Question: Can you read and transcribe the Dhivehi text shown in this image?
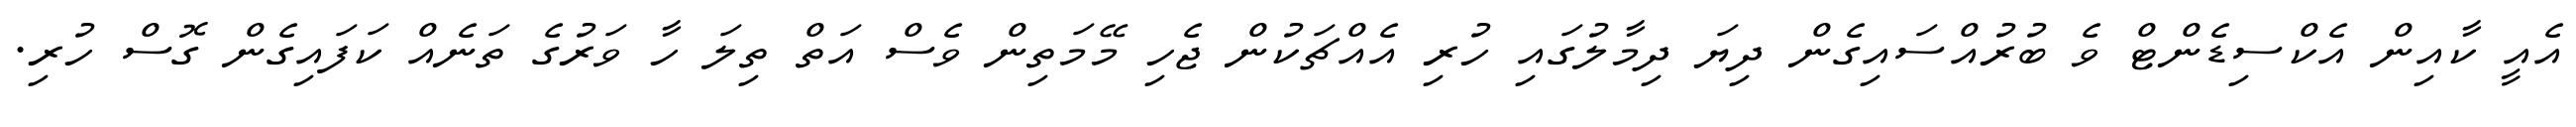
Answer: އެއީ ކާއިން އެކްސިޑެންޓް ވެ ބުރުއްސައިގެން ދިޔަ ދިމާލުގައި ހުރި އެއްޗަކުން ޖެހި މޭމަތިން ވެސް އަތް ތިލަ ހާ ވަރުގެ ތަނެއް ކަފައިގެން ގޮސް ހުރި.